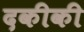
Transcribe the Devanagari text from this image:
दकीकी